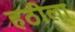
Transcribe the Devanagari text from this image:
हठीला